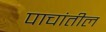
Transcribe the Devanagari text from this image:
पाचांतील